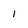
Character: i